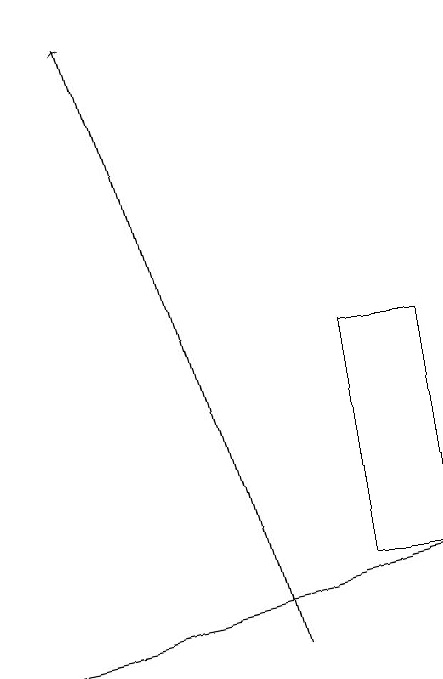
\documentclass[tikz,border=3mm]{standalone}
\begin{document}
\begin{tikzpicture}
\draw[->] (5,11) -- (3,19);
\draw[->] (2,11) -- (7,12);
\draw (6,12) rectangle (7,15);
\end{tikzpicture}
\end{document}